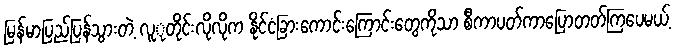
မြန်မာပြည်ပြန်သွားတဲ့ လူုတိုင်းလိုလိုက နိုင်ငံခြားကောင်းကြောင်းတွေကိုသာ စီကာပတ်ကာပြောတတ်ကြပေမယ့်